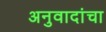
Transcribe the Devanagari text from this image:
अनुवादांचा